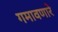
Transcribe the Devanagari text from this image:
गमावणारे